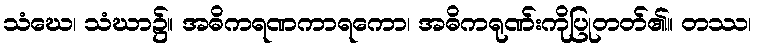
သံဃေ၊ သံဃာ၌။ အဓိကရဏကာရကော၊ အဓိကရုဏ်းကိုပြုတတ်၏။ တဿ၊